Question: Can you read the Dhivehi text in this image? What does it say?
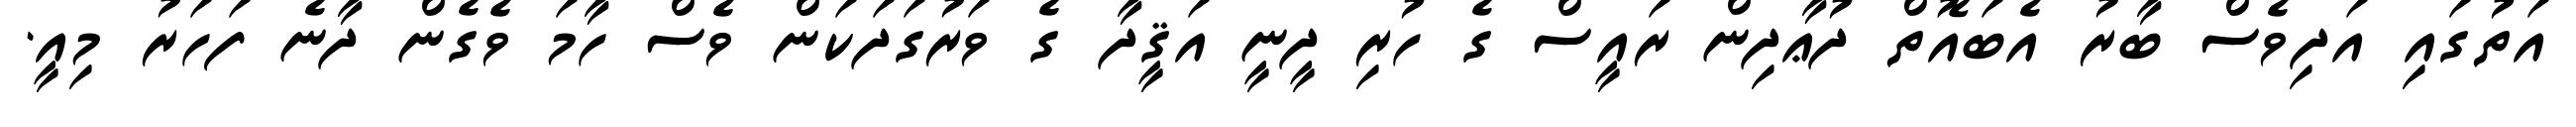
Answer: އަތުގައި އަދިވެސް ބާރު އެބައޮތް ދުޢާދިން ރައީސް ގެ ހުރި ދީނީ އަޤީދާ ގެ ވަރުގަދަކަން ވެސް ހާމަ ވެގެން ދާނެ ފަހަރު މިއީ.